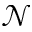
\mathcal { N }